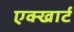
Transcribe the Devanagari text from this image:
एक्खार्ट